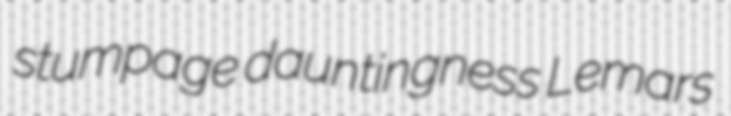
stumpage dauntingness Lemars